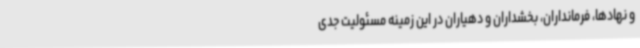
و نهادها، فرمانداران، بخشداران و دهیاران در این زمینه مسئولیت جدی